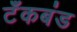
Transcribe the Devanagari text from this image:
टॅंकबंड